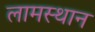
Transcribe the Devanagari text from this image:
लामस्थान